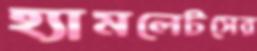
হ্যামলেটসের